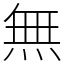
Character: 無